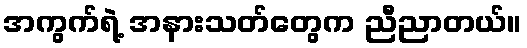
အကွက်ရဲ့ အနားသတ်တွေက ညီညာတယ်။